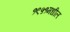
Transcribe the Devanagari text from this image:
१९५१मधील